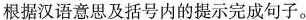
根据汉语意思及括号内的提示完成句子。